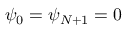
\psi _ { 0 } = \psi _ { N + 1 } = 0